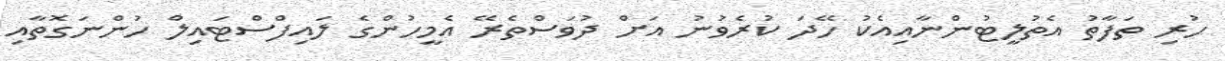
ހުރި ތަފާތު އެތުލީޓުންނާއިއެކު ހޭދަ ކުރެވުނު އަށް ދުވަސްތެރޭ އެމީހުންގެ ލައިފްސްޓައިލް ހުންނަގޮތާއި